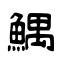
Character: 鰅